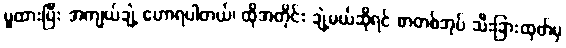
မူထားပြီး အကျယ်ချဲ့ ဟောရပါတယ်၊ ထိုအတိုင်း ချဲ့မယ်ဆိုရင် စာတစ်အုပ် သီးခြားထုတ်မှ